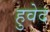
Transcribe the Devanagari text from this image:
हुवेद